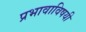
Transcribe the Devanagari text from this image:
प्रभावाविषयी